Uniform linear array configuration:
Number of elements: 16
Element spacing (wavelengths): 0.75
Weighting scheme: hann
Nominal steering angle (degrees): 0
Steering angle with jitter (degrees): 1.054
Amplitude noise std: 0.05
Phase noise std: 0.05

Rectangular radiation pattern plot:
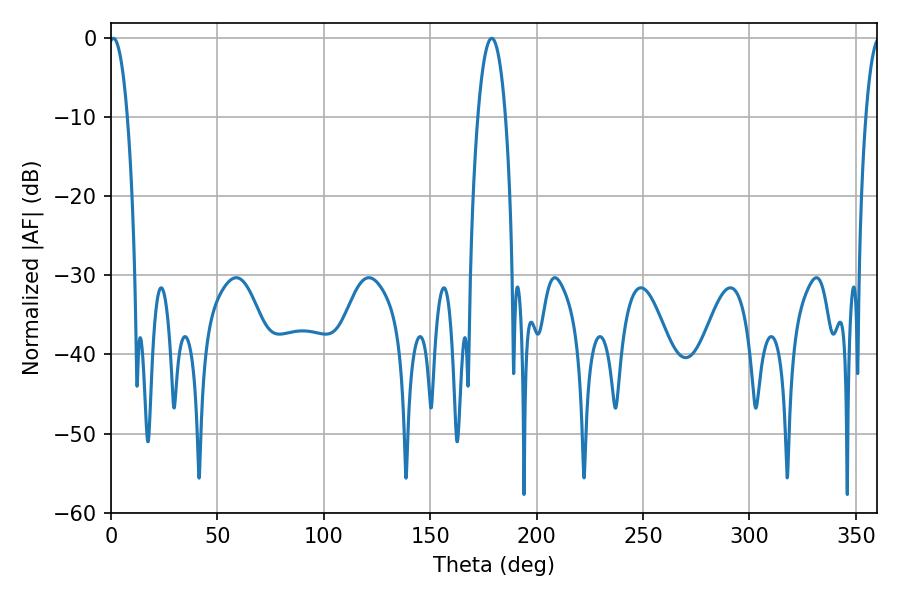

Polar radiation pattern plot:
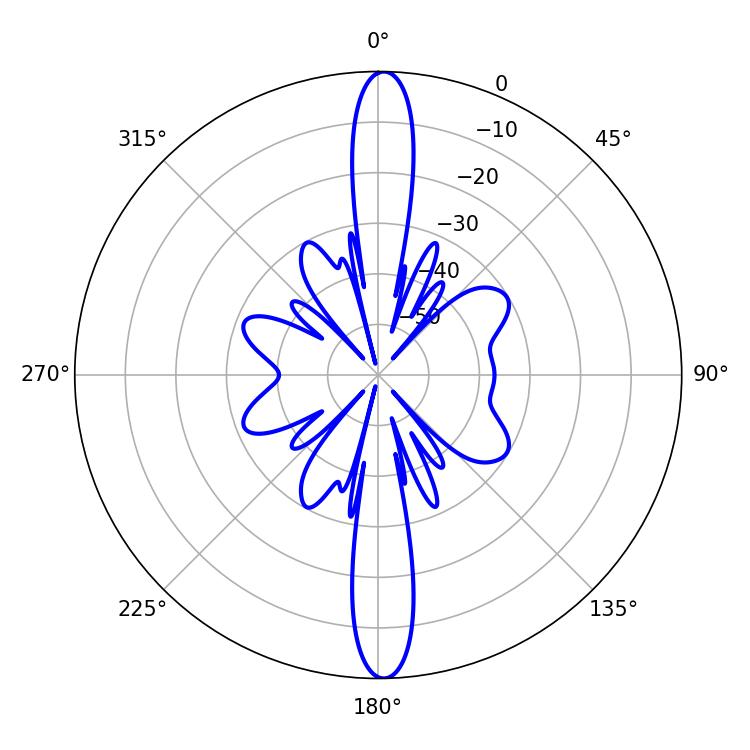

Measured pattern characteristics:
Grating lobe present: TRUE
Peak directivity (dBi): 25.618
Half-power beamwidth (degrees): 4.68
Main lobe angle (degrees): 1.08